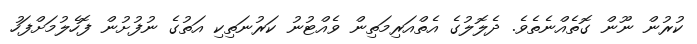
ކުރުން ނޫން ގޮތެއްނެތެވެ. ދެލޮލުގެ އެތްއަރިމަތިން ވެއްޓުނު ކަރުނަތިކި އަތުގެ ނުފުށުން ފޮހެލުމަށްފަހު